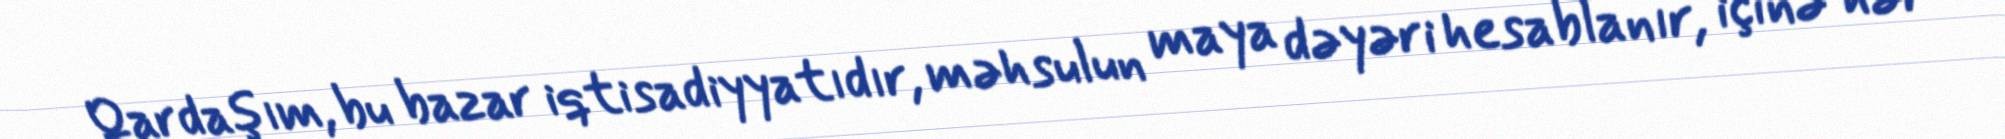
Qardaşım, bu bazar iqtisadiyyatıdır, məhsulun maya dəyəri hesablanır, içinə hər